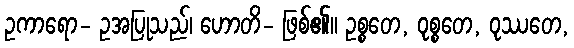
ဥကာရော- ဥအပြုသည်၊ ဟောတိ- ဖြစ်၏။ ဥစ္စတေ, ဝုစ္စတေ, ဝုဿတေ,